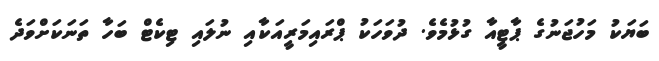
ބަޔަކު މަހުޖަނުގެ ޕާޓީއާ ގުޅުމެވެ. ދުވަހަކު ޕްރައިމަރީއަކާއި ނުލައި ޓިކެޓް ބަހާ ތަނަކަށްވަދެ